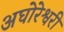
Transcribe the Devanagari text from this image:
अघोरेश्वरी